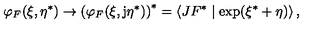
\varphi _ { F } ( \xi , \eta ^ { * } ) \rightarrow \left( \varphi _ { F } ( \xi , \mathrm { j } \eta ^ { * } ) \right) ^ { * } = \left\langle J F ^ { * } \mid \exp ( \xi ^ { * } + \eta ) \right\rangle ,